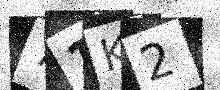
Text: 71K2